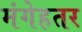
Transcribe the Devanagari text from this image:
मंगेहतर